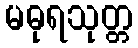
မဓုရသုတ္တ